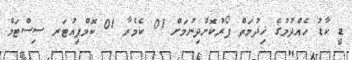
ޑީ ކާޑު ހެއްދުމުގެ ޚިދުމަތް ފޯރުކޮށްދިނުމަށް 01 ކެމެރާ 01 ކޮމްޕިއުޓަރ ސިސްޓަމް